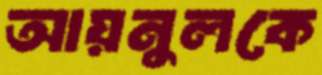
আয়নুলকে